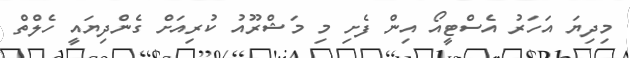
މިދިޔަ އަހަރު އެސްޓީއޯ އިން ފެށި މި މަޝްރޫއު ކުރިއަށް ގެންދިޔައީ ހެލްތް